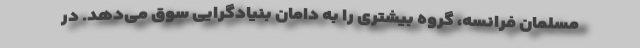
مسلمان فرانسه، گروه بیشتری را به دامان بنیادگرایی سوق می‌دهد. در